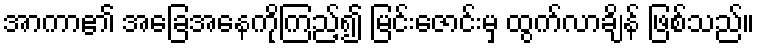
အာကာ၏ အခြေအနေကိုကြည့်၍ မြင်းဇောင်းမှ ထွက်လာချိန် ဖြစ်သည်။